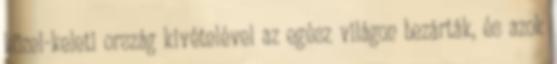
közel-keleti ország kivételével az egész világon bezárták, és azok